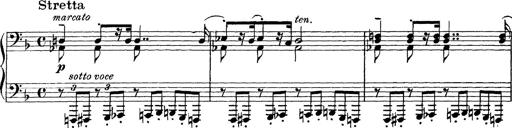
Title: Scherzo und Marsch
Composer: Franz Liszt